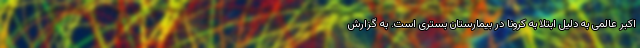
اکبر عالمی به دلیل ابتلا به کرونا در بیمارستان بستری است. به گزارش